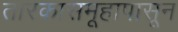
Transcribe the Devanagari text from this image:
तारकासमूहापासून